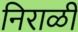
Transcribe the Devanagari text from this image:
निराळीं